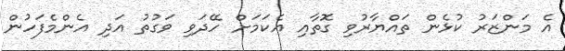
އެ މަންޒަރު ކުޅެން ތައްޔާރުވި ގޮތާއި އެކަމަށް ހޭދަވި ވަގުތު އަދި އެންމެފަހުން